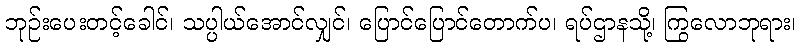
ဘုဉ်းပေးတင့်ခေါင်၊ သပ္ပါယ်အောင်လျှင်၊ ပြောင်ပြောင်တောက်ပ၊ ရပ်ဌာနသို့၊ ကြွလောဘုရား၊